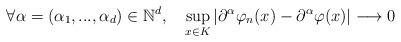
LaTeX: \begin{align*} \forall \alpha = (\alpha_1,...,\alpha_d) \in \mathbb{N}^d, \ \ \ \sup_{x\in K}|\partial^{\alpha}\varphi_n(x) - \partial^{\alpha}\varphi(x)| \longrightarrow 0\end{align*}